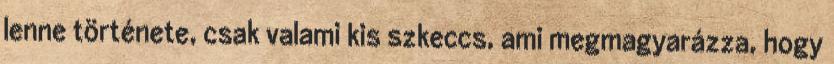
lenne története, csak valami kis szkeccs, ami megmagyarázza, hogy